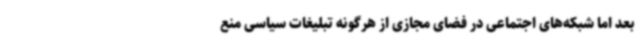
بعد اما شبکه‌های اجتماعی در فضای مجازی از هرگونه تبلیغات سیاسی منع